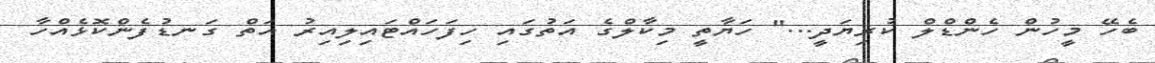
ބެހޭ މީހުން ހެންޑްލް ކުރިޔަދީ..." ހަޔާތީ މިކާލްގެ އަތުގައި ހިފަހައްޓައިލިއިރު އަތް ގަނޑުފެންކޮޅެއްހާ